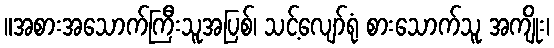
။အစားအသောက်ကြီးသူအပြစ်၊ သင့်လျော်ရုံ စားသောက်သူ အကျိုး၊